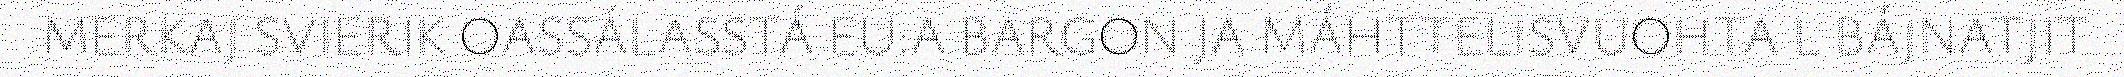
MERKAJ SVIERIK OASSÁLASSTÁ EU:A BARGON JA MÁHTTELISVUOHTA L BÁJNATJIT